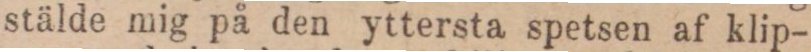
stälde mig på den yttersta spetsen af klip-